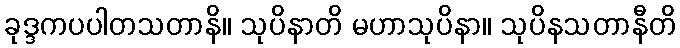
ခုဒ္ဒကပပါတသတာနိ။ သုပိနာတိ မဟာသုပိနာ။ သုပိနသတာနီတိ